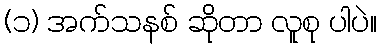
(၁) အက်သနစ် ဆိုတာ လူစု ပါပဲ။